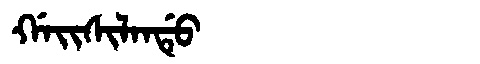
Manchu: ᡤᠠᡳᠰᡳᠯᠠᠨᡩᡠ
Romanization: GAISILANDU